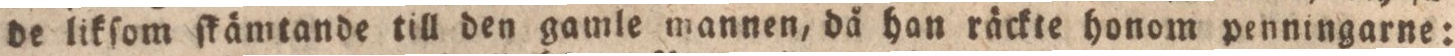
de likſom ſkämtande till den gamle mannen, då han räckte honom penningarne: